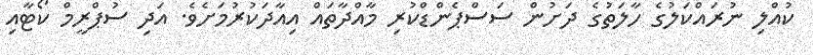
ކުއްލި ނުރައްކަލުގެ ހާލަތުގެ ދަށުން ސަސްޕެންޑްކުރި މާއްދާތައް އިއާދަކުރުމަށެވެ. އަދި ސުޕްރީމް ކޯޓާއި